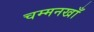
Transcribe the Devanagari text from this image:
चम्मनखाँ